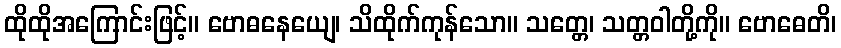
ထိုထိုအကြောင်းဖြင့်။ ဗောဓနေယျေ၊ သိထိုက်ကုန်သော။ သတ္တေ၊ သတ္တဝါတို့ကို။ ဗောဓေတိ၊